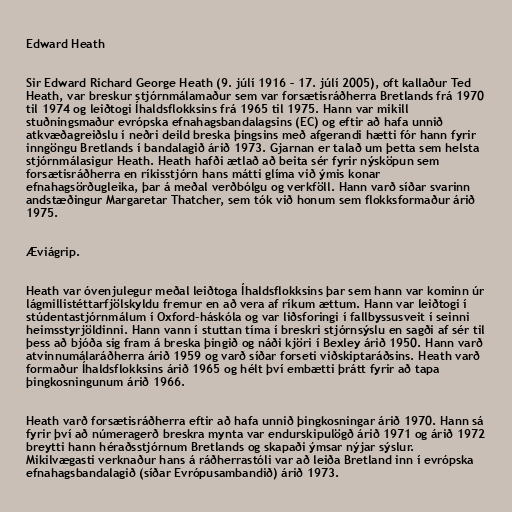
Edward Heath

Sir Edward Richard George Heath (9. júlí 1916 – 17. júlí 2005), oft kallaður Ted
Heath, var breskur stjórnmálamaður sem var forsætisráðherra Bretlands frá 1970
til 1974 og leiðtogi Íhaldsflokksins frá 1965 til 1975. Hann var mikill
stuðningsmaður evrópska efnahagsbandalagsins (EC) og eftir að hafa unnið
atkvæðagreiðslu í neðri deild breska þingsins með afgerandi hætti fór hann fyrir
inngöngu Bretlands í bandalagið árið 1973. Gjarnan er talað um þetta sem helsta
stjórnmálasigur Heath. Heath hafði ætlað að beita sér fyrir nýsköpun sem
forsætisráðherra en ríkisstjórn hans mátti glíma við ýmis konar
efnahagsörðugleika, þar á meðal verðbólgu og verkföll. Hann varð síðar svarinn
andstæðingur Margaretar Thatcher, sem tók við honum sem flokksformaður árið
1975.

Æviágrip.

Heath var óvenjulegur meðal leiðtoga Íhaldsflokksins þar sem hann var kominn úr
lágmillistéttarfjölskyldu fremur en að vera af ríkum ættum. Hann var leiðtogi í
stúdentastjórnmálum í Oxford-háskóla og var liðsforingi í fallbyssusveit í seinni
heimsstyrjöldinni. Hann vann í stuttan tíma í breskri stjórnsýslu en sagði af sér til
þess að bjóða sig fram á breska þingið og náði kjöri í Bexley árið 1950. Hann varð
atvinnumálaráðherra árið 1959 og varð síðar forseti viðskiptaráðsins. Heath varð
formaður Íhaldsflokksins árið 1965 og hélt því embætti þrátt fyrir að tapa
þingkosningunum árið 1966.

Heath varð forsætisráðherra eftir að hafa unnið þingkosningar árið 1970. Hann sá
fyrir því að númeragerð breskra mynta var endurskipulögð árið 1971 og árið 1972
breytti hann héraðsstjórnum Bretlands og skapaði ýmsar nýjar sýslur.
Mikilvægasti verknaður hans á ráðherrastóli var að leiða Bretland inn í evrópska
efnahagsbandalagið (síðar Evrópusambandið) árið 1973.